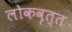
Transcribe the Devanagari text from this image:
लोकवृत्त